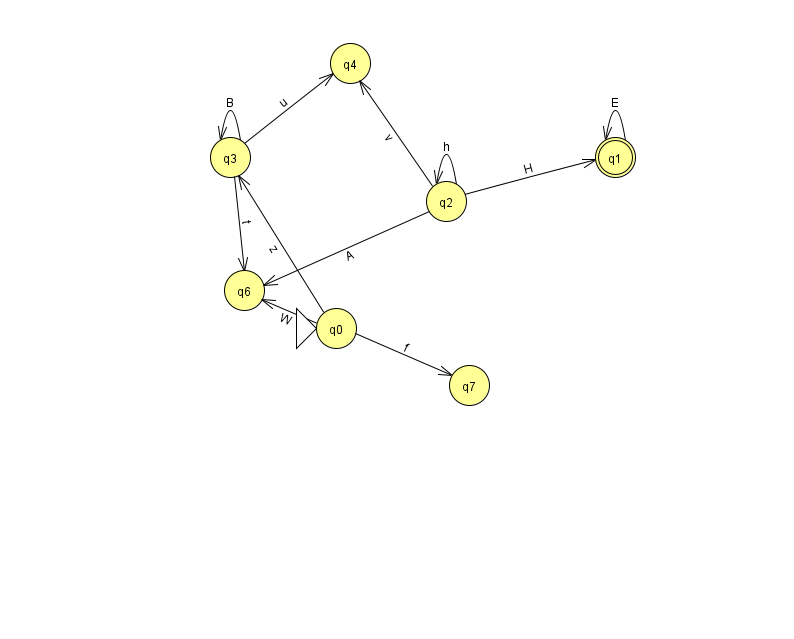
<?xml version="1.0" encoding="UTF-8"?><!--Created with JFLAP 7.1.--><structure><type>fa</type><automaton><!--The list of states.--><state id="0" name="q0"><x>336.0</x><y>315.0</y><initial/></state><state id="1" name="q1"><x>615.0</x><y>144.0</y><final/></state><state id="2" name="q2"><x>446.0</x><y>188.0</y></state><state id="3" name="q3"><x>230.0</x><y>144.0</y></state><state id="4" name="q4"><x>350.0</x><y>50.0</y></state><state id="6" name="q6"><x>244.0</x><y>277.0</y></state><state id="7" name="q7"><x>469.0</x><y>372.0</y></state><!--The list of transitions.--><transition><from>0</from><to>3</to><read>z</read></transition><transition><from>3</from><to>3</to><read>B</read></transition><transition><from>3</from><to>4</to><read>u</read></transition><transition><from>3</from><to>6</to><read>t</read></transition><transition><from>1</from><to>1</to><read>E</read></transition><transition><from>2</from><to>2</to><read>h</read></transition><transition><from>2</from><to>6</to><read>A</read></transition><transition><from>0</from><to>6</to><read>W</read></transition><transition><from>2</from><to>1</to><read>H</read></transition><transition><from>2</from><to>4</to><read>v</read></transition><transition><from>0</from><to>7</to><read>f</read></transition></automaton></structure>